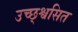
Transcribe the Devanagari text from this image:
उच्छ्श्वसित